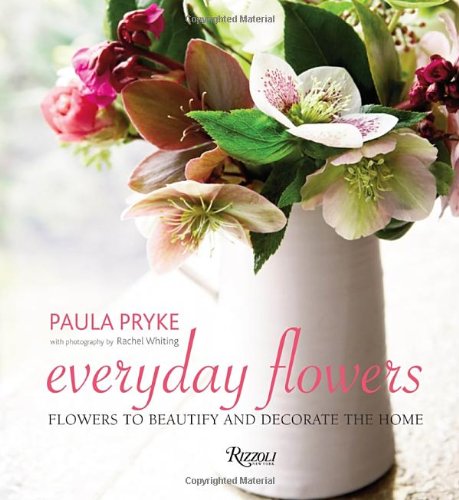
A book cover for Everyday Flowers: Flowers to Beautify and Decorate the Home; Paula Pryke; Crafts, Hobbies & Home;